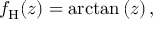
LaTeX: f _ { \mathrm { H } } ( z ) = \arctan \left( z \right) ,